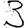
Digit: 3